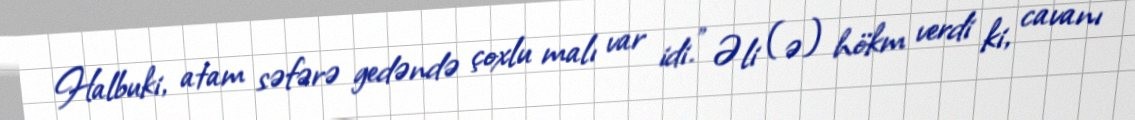
Halbuki, atam səfərə gedəndə çoxlu malı var idi." Əli (ə) hökm verdi ki, cavanı